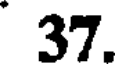
37.